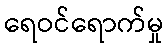
ရေဝင်ရောက်မှု